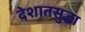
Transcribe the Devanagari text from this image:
देशातसुद्धा